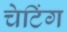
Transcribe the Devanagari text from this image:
चेटिंग